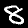
Digit: 8